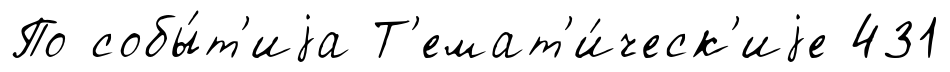
По собы́т'иjа Т'емат'и́ческ'иjе 431